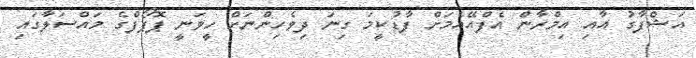
އަޝްފާގު އާއި އިމްރާން އެފްއޭއެމަށް ފާޑުކީމަ ގިނަ ދިވެހިންނަށް ހީވަނީ ޕޮޕޯފްގެ މައްސަލާގައި